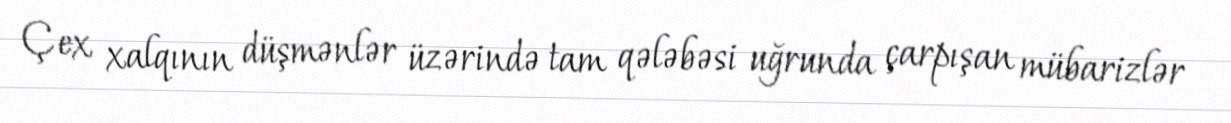
Çex xalqının düşmənlər üzərində tam qələbəsi uğrunda çarpışan mübarizlər